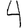
Digit: 4